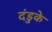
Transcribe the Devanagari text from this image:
दंडुके